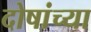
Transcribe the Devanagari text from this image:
दोषांच्या